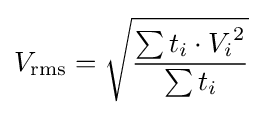
V_{\mathrm {rms} }={\sqrt {\frac {\sum t_{i}\cdot {V_{i}}^{2}}{\sum t_{i}}}}